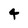
Character: 4